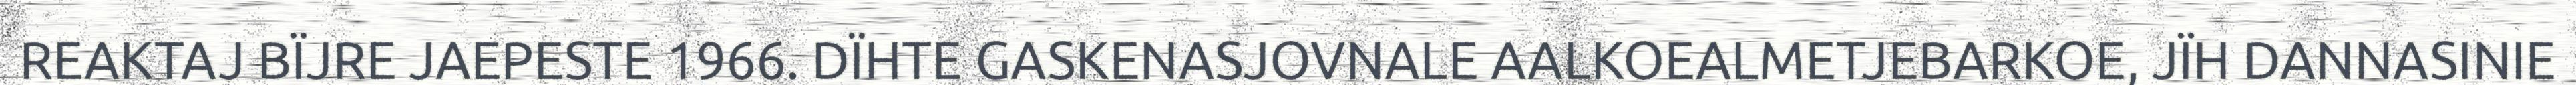
REAKTAJ BÏJRE JAEPESTE 1966. DÏHTE GASKENASJOVNALE AALKOEALMETJEBARKOE, JÏH DANNASINIE